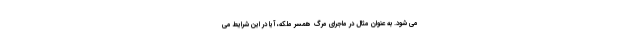
می شود. به عنوان مثال در ماجرای مرگ همسر ملکه، آیا در این شرایط می